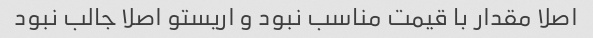
اصلا مقدار با قیمت مناسب نبود و اریستو اصلا جالب نبود